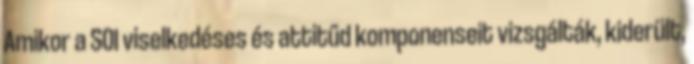
Amikor a SOI viselkedéses és attitűd komponenseit vizsgálták, kiderült,